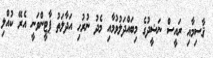
ޤާސިމާއި ރައީސް ނަޝީދުގެ މިބައްދަލުވުމާއި މެދު ނުރުހި އަދާލަތު ޕާޓީންވަނީ އެރޭ ކުއްލި